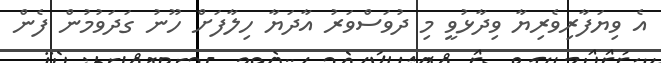
އެ ވިޔަފާރިވެރިޔާ ވިދާޅުވީ މި ދުވަސްވަރު އާދަޔާ ހިލާފަށް ހޫނު ގަދަވުމުން ފެން